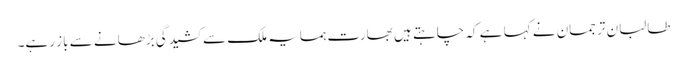
طالبان ترجمان نے کہا ہے کہ چاہتے ہیں بھارت ہمسایہ ملک سے کشیدگی بڑھانے سے باز رہے۔